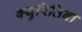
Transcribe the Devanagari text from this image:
क्युरितिबा